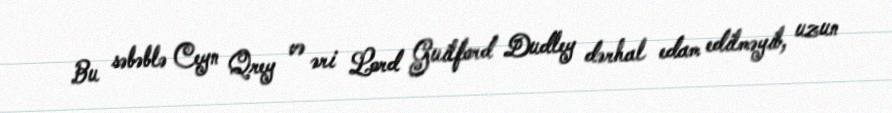
Bu səbəblə Ceyn Qrey və əri Lord Guilford Dudley dərhal edam edilməyib, uzun